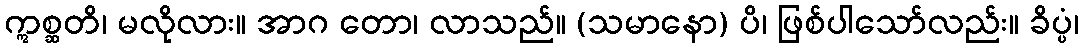
ဣစ္ဆတိ၊ မလိုလား။ အာဂ တော၊ လာသည်။ (သမာနော) ပိ၊ ဖြစ်ပါသော်လည်း။ ခိပ္ပံ၊